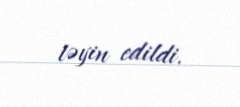
təyin edildi.